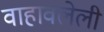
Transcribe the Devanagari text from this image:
वाहावलेली